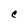
Character: C